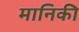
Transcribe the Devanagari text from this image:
मानिकी